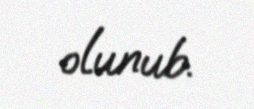
olunub.